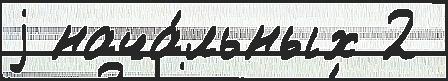
j нача́льных 2